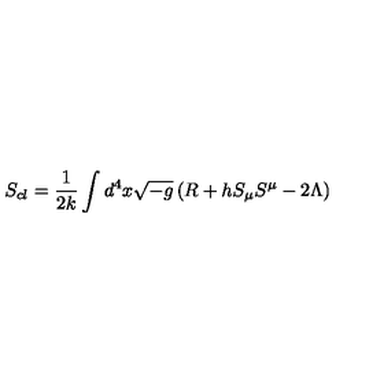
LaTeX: S _ { c l } = \frac { 1 } { 2 k } \int d ^ { 4 } x \sqrt { - g } \left( R + h S _ { \mu } S ^ { \mu } - 2 \Lambda \right)